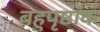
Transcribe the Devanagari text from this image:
बहुपृष्ठांक